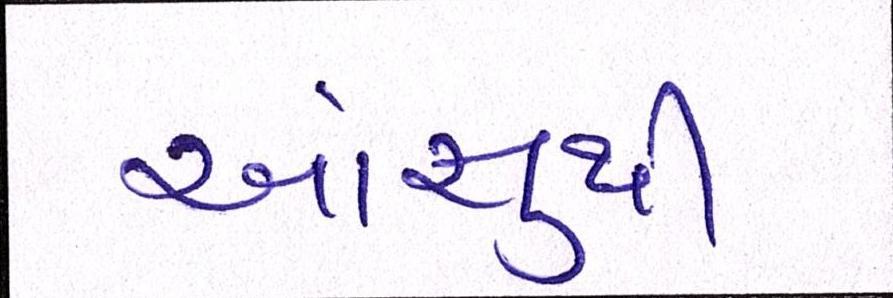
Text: આંસુથી